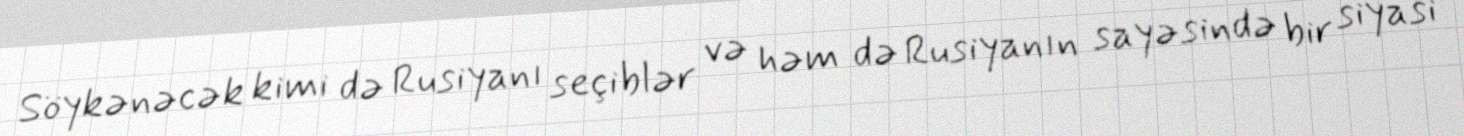
Söykənəcək kimi də Rusiyanı seçiblər və həm də Rusiyanın sayəsində bir siyasi